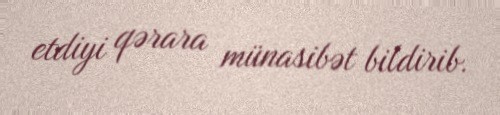
etdiyi qərara münasibət bildirib.